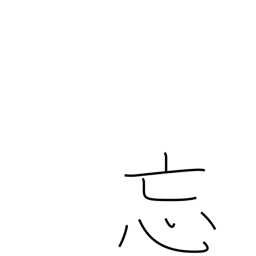
Meaning: forget